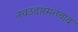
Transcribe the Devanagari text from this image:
नवउदारमतवाद